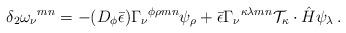
LaTeX: \begin{align*}\delta_2 \omega_\nu{}^{mn} = - (D_\phi\bar\epsilon)\Gamma_\nu{}^{\phi\rho mn}\psi_\rho + \bar\epsilon\Gamma_\nu{}^{\kappa\lambda mn} {\cal T}_\kappa\cdot \hat H\psi_\lambda\, .\end{align*}